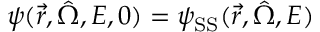
\psi ( \vec { r } , \hat { \Omega } , E , 0 ) = \psi _ { \mathrm { S S } } ( \vec { r } , \hat { \Omega } , E )